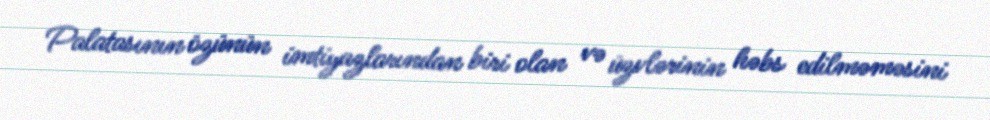
Palatasının özünün imtiyazlarından biri olan və üzvlərinin həbs edilməməsini